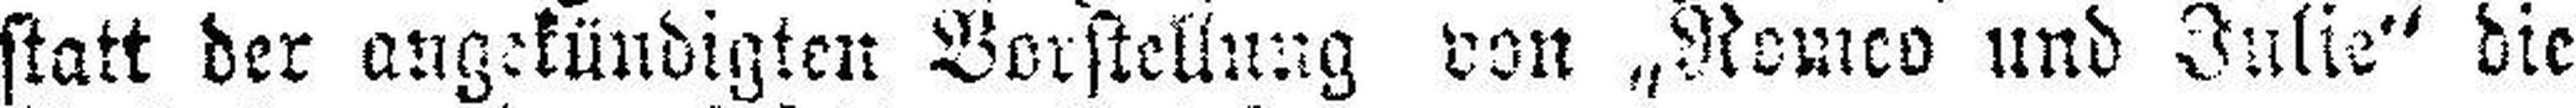
statt der angekündigten Vorstellung von „Romeo und Julie“ die